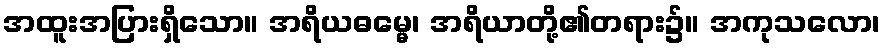
အထူးအပြားရှိသော။ အရိယဓမ္မေ၊ အရိယာတို့၏တရား၌။ အကုသလော၊